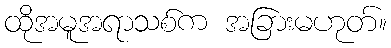
ထိုအမူအရာသစ်က အခြားမဟုတ်။